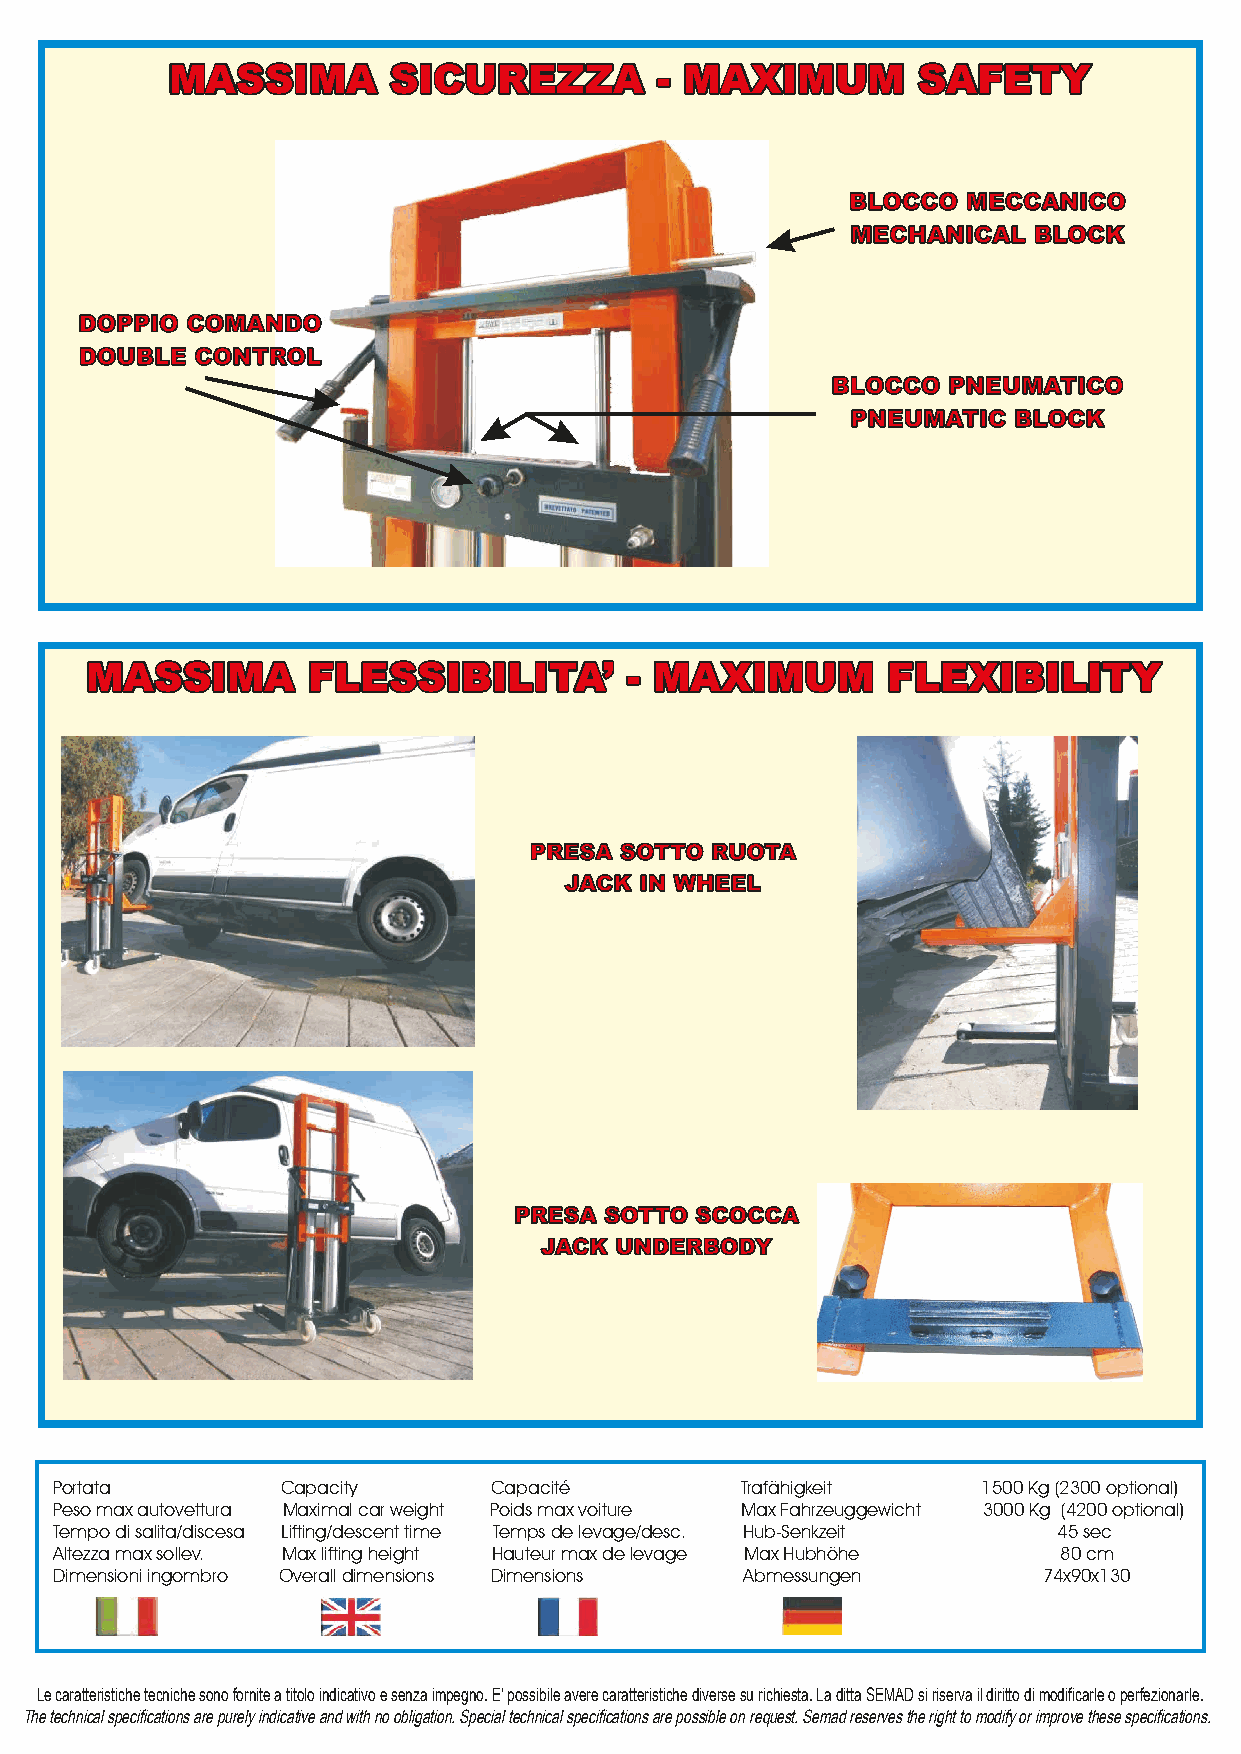
MASSIMA        SICUREZZA        - MAXIMUM         SAFETY
 BLOCCO  MECCANICO
 MECHANICAL  BLOCK
 DOPPIO COMANDO
 DOUBLE  CONTROL
 BLOCCO  PNEUMATICO
 PNEUMATIC  BLOCK
 MASSIMA       FLESSIBILITA’        -MAXIMUM          FLEXIBILITY
 PRESA SOTTO RUOTA
 JACK IN WHEEL
 PRESA SOTTO SCOCCA
 JACK UNDERBODY
 Portata        Capacity      Capacité        Trafähigkeit    1500Kg(2300optional)
 Pesomaxautovettura Maximalcarweight Poidsmaxvoiture MaxFahrzeuggewicht 3000Kg (4200optional)
 Tempodisalita/discesa Lifting/descenttime Tempsdelevage/desc. Hub-Senkzeit 45sec
 Altezzamaxsollev. Maxliftingheight Hauteurmaxdelevage MaxHubhöhe  80cm
 Dimensioniingombro Overalldimensions Dimensions Abmessungen      74x90x130
 Le caratteristiche tecniche sono fornite a titolo indicativo e senza impegno. E' possibile avere caratteristiche diverse su richiesta. La ditta SEMAD si riserva il diritto di modificarle o perfezionarle.
 The technical specifications are purely indicative and with no obligation. Special technical specifications are possible on request. Semad reserves the right to modify or improve these specifications.